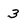
Character: 3